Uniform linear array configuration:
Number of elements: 8
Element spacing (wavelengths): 1
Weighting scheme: blackman
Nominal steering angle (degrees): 0
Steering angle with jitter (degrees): -1.659
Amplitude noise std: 0.05
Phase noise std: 0.05

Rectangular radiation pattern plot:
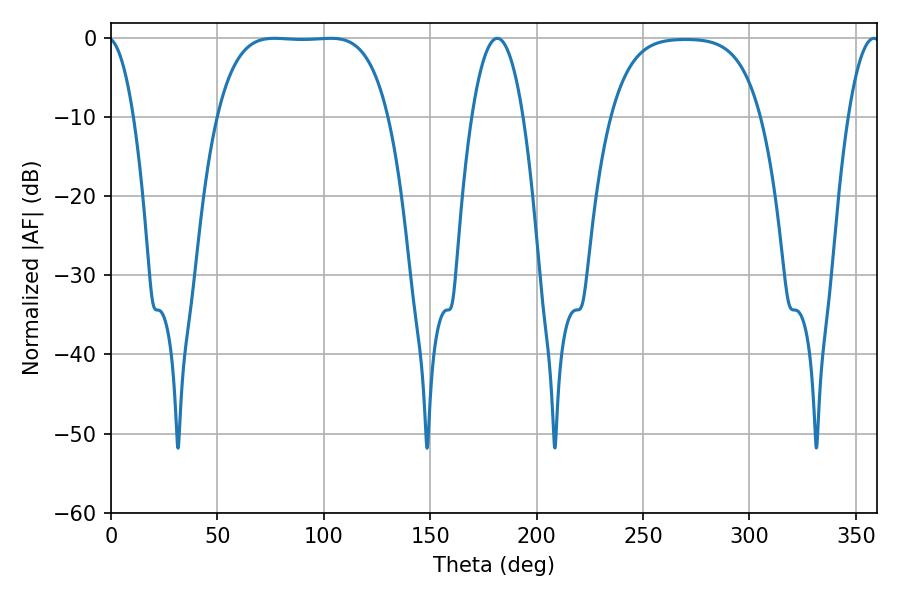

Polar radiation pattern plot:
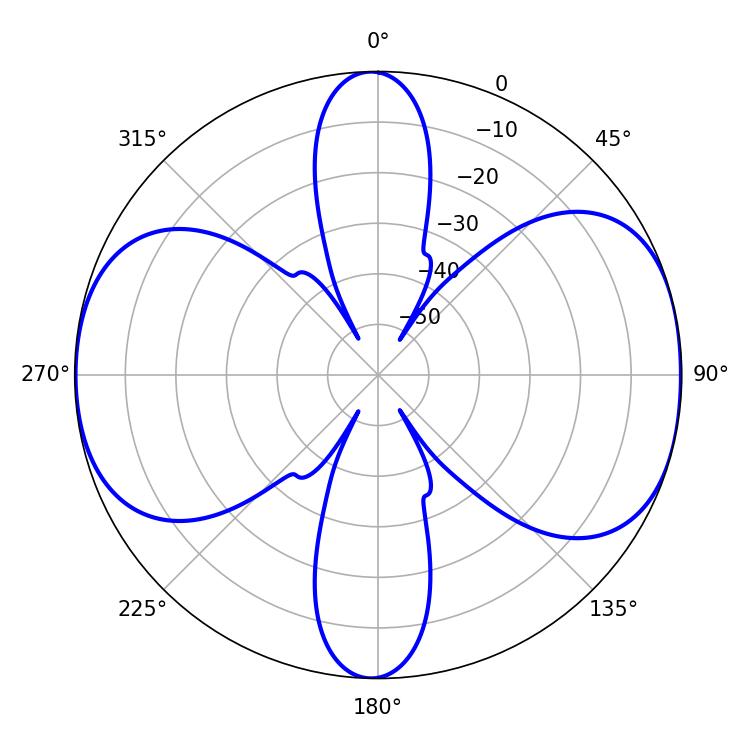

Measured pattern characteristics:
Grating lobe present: TRUE
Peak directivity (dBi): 9.852
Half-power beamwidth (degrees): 62.28
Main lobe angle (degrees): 76.86